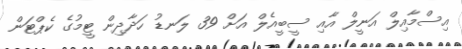
އިސްމާއިލް އަނީލް އާއި ސީބީއެލް އަށް 39 ލަނޑު ހަދާދިން ޓީމުގެ ކެޕްޓަން